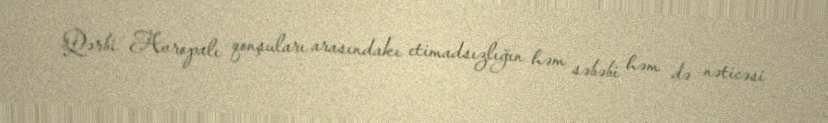
Qərbi Avropalı qonşuları arasındakı etimadsızlığın həm səbəbi həm də nəticəsi